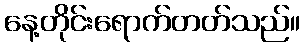
နေ့တိုင်းရောက်တတ်သည်။